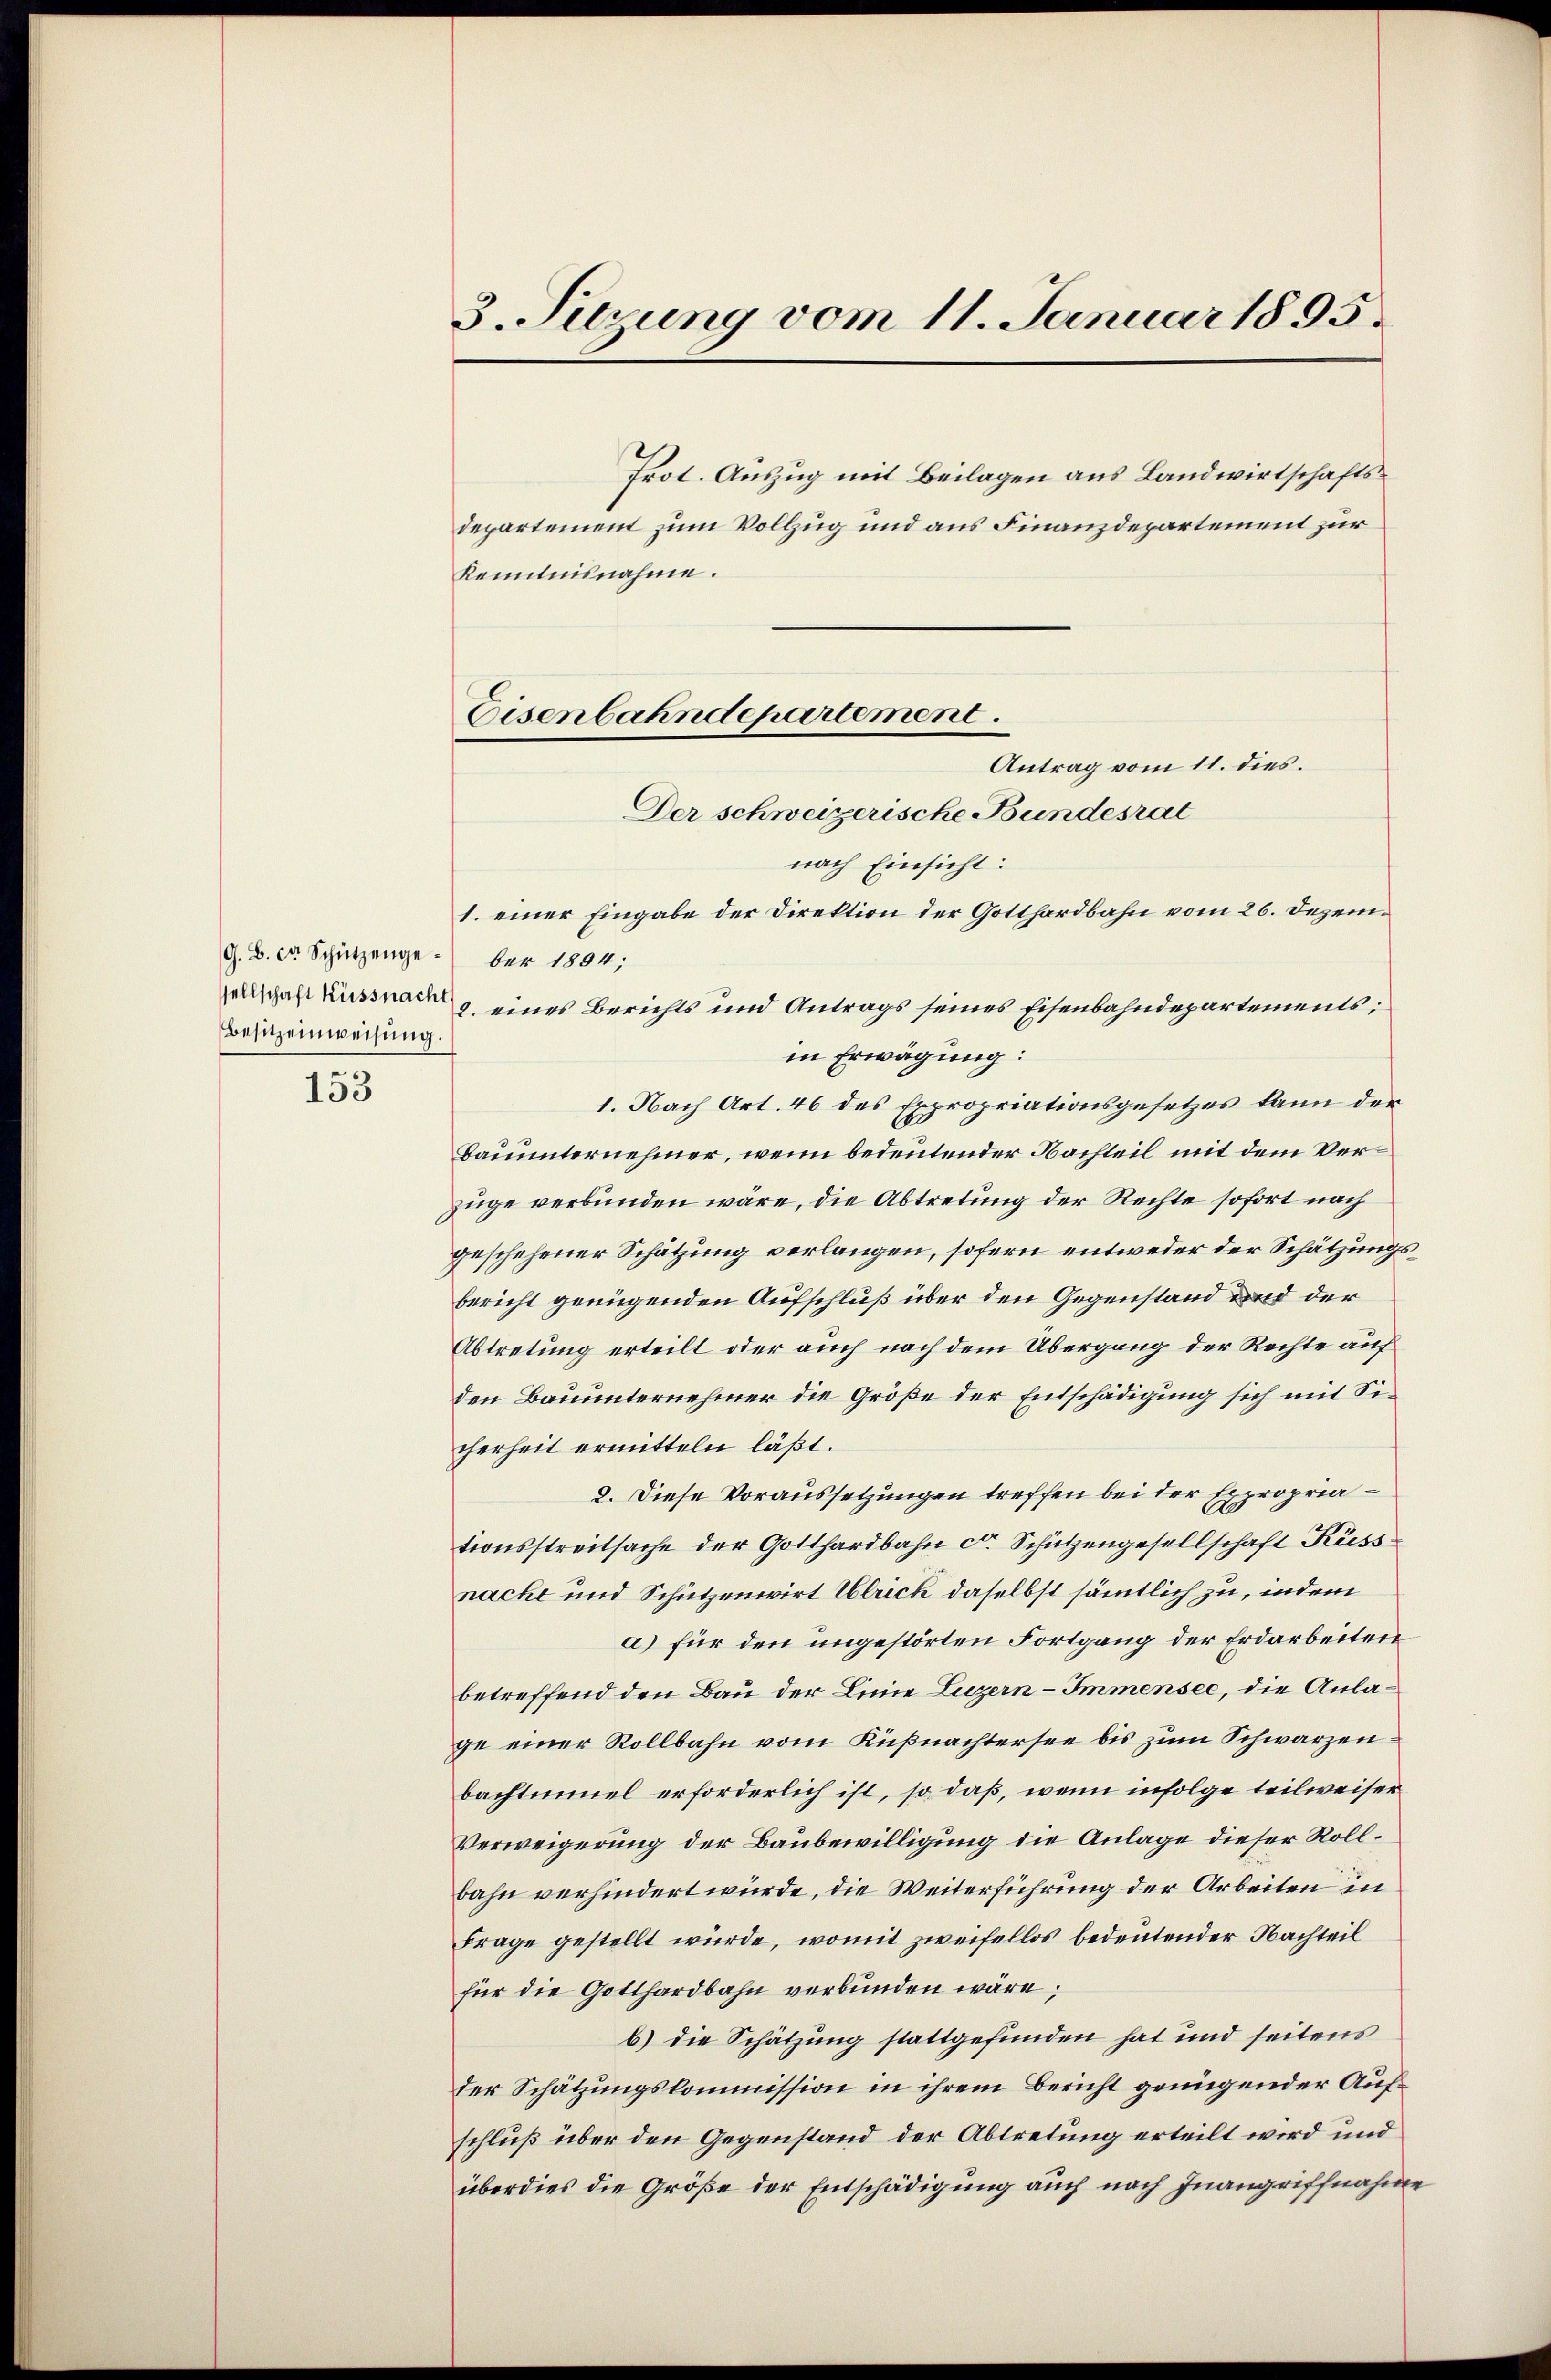
G. B. er Schützengeber 1894;
sellschaft Küssnacht
Besitzeinweisŭng.

153

3. Sitzung vom 11. Januar 1895.

frot. Auszug mit Beilagen aus Landwirtschaftsdepartement zum Vollzug und aus Finanzdepartement zur
Kenntnisnahme.

Eisenbahndepartement.
Antrag vom 11. dies.

Der schweizerische Bundesrat
nach Einsicht:
1. einer Eingabe der Direktion der Gotthardbahn vom 26. Dezem¬
2. eines Berichts und Antrags seines Eisenbahndepartements;
in Erwägung:
1. Nach Art. 46 des Expropriationsgesetzes kann der
Bauternehmer, wenn bedeutender Nachteil mit dem Verzüge verbunden wäre, die Abtretung der Rechte sofort nach
geschehener Schätzung verlangen, sofern entweder der Schätzungsbericht genügenden Aufschluß über den Gegenstand und der
Abtretung erteilt oder auch nach dem Übergang der Rechte auf
den Bauunternehmer die Größe der Entschädigung sich mit Sicherheit ermitteln läßt.
2. Diese Voraussetzungen treffen bei der Expropriationsstreitsache der Gotthardbahn ca. Schutzengesellschaft Kiess
nacht und Schützenwirt Ulrich daselbst sämmtlich zu, indem
a) für den ungestörten Fortgang der Erdarbeiten
betreffend den Bau der Linie Luzern–Immensee, die Anlage einer Rollbahn vom Küßnachtersee bis zum Schwarzenbachtinuel erforderlich ist, so daß, wenn infolge teilweiser
Verweigerung der Baubewilligung die Anlage dieser Rollbahn verhindert würde, die Weiterführung der Arbeiten in
Frage gestellt wurde, womit zweifellos bedeutender Nachteil
für die Gotthardbahn verbunden wäre,
b) die Schätzung stattgefunden hat und seitens
der Schätzungskommission in ihrem Bericht genügender Aufschluß über den Gegenstand der Abtretung erteilt wird und
überdies die Größe der Entschädigung auch nach Inangriffnahme